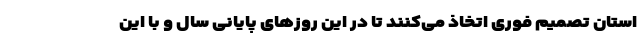
استان تصمیم فوری اتخاذ می‌کنند تا در این روزهای پایانی سال و با این